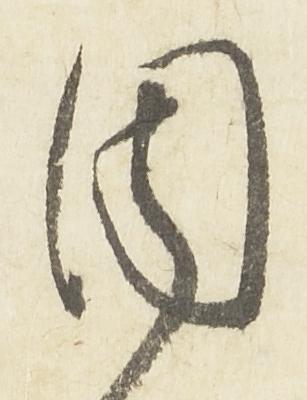
周